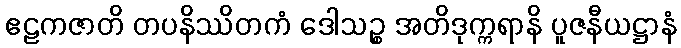
ဧဠကဇာတိ တပနိဿိတကံ ဒေါသဉ္စ အတိဒုက္ကရာနိ ပူဇနီယဋ္ဌာနံ